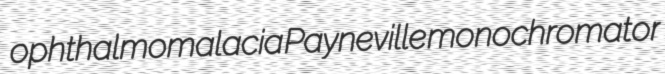
ophthalmomalacia Payneville monochromator